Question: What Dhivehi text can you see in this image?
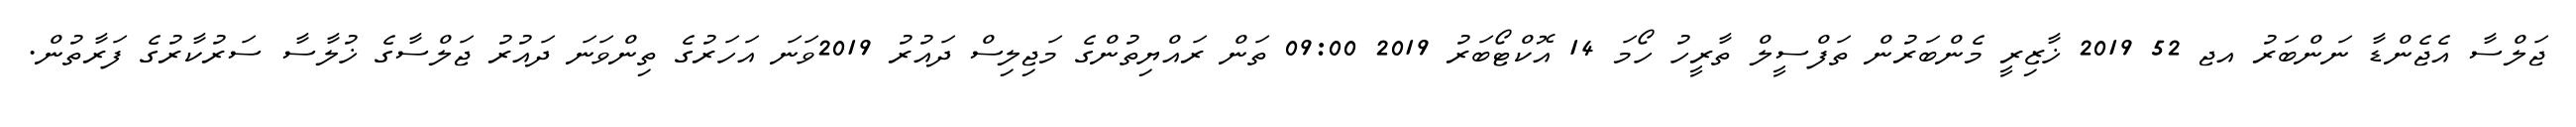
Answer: ޖަލްސާ އެޖެންޑާ ނަންބަރު އޖ 52 2019 ޚާޒިރީ މެންބަރުން ތަފްސީލް ތާރީހު ހޯމަ 14 އޮކްޓޯބަރު 2019 09:00 ތަން ރައްޔިތުންގެ މަޖިލިސް ދައުރު 2019ވަނަ އަހަރުގެ ތިންވަނަ ދައުރު ޖަލްސާގެ ޚުލާސާ ސަރުކާރުގެ ފަރާތުން.